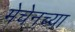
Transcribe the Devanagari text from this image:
मेचेनच्या